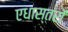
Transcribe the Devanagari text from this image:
एधास्तरों